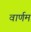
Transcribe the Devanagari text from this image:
वार्णम